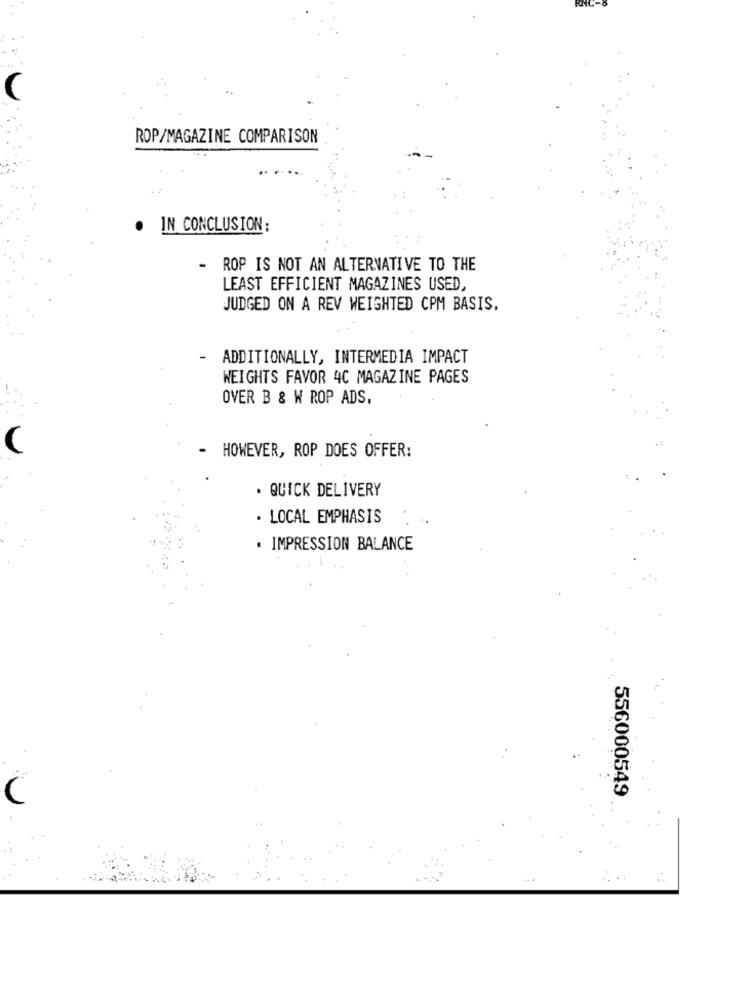
ROP/MAGAZINE COMPARISON
IN CONCLUSION:
- ROP IS NOT AN ALTERNATIVE TO THE
LEAST EFFICIENT MAGAZINES USED,
JUDGED ON A REV WEIGHTED CPM BASIS.
ADDITIONALLY, INTERMEDIA IMPACT
WEIGHTS FAVOR 4C MAGAZINE PAGES
OVER B & W ROP ADS,
HOWEVER, ROP DOES OFFER:
· QUICK DELIVERY
. LOCAL EMPHASIS
. IMPRESSION BALANCE
556000549
C